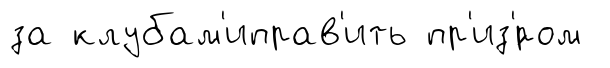
за клубам'иправ'ить пр'из'́ром